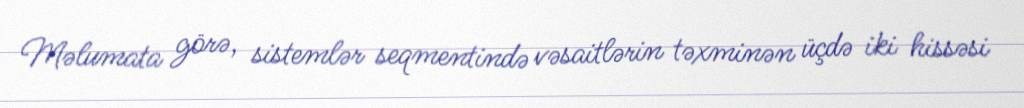
Məlumata görə, sistemlər seqmentində vəsaitlərin təxminən üçdə iki hissəsi